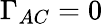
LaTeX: \Gamma_{AC}=0